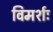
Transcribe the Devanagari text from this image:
विमर्शः